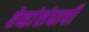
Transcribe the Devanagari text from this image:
तेव्हांसंघाची